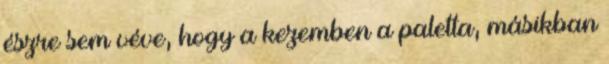
észre sem véve, hogy a kezemben a paletta, másikban